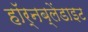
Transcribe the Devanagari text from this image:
हॉर्नब्लेंडाइट